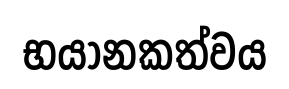
භයානකත්වය